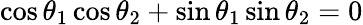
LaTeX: \cos\theta_{1}\cos\theta_{2}+\sin\theta_{1}\sin\theta_{2}=0